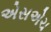
એસએચ